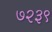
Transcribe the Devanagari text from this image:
७२३९